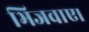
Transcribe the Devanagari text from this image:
भिजवाए।